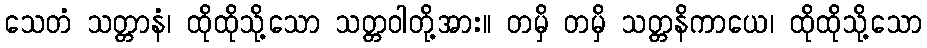
သေတံ သတ္တာနံ၊ ထိုထိုသို့သော သတ္တဝါတို့အား။ တမှိ တမှိ သတ္တနိကာယေ၊ ထိုထိုသို့သော